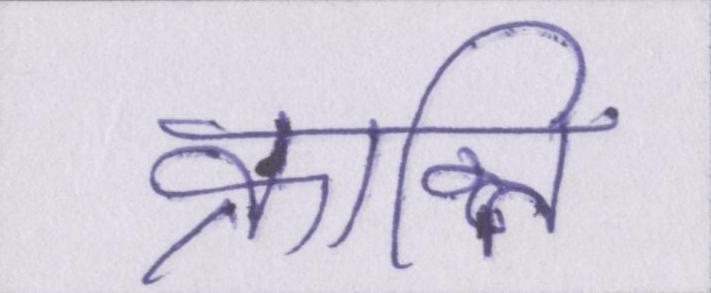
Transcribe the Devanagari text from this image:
क्रान्ति